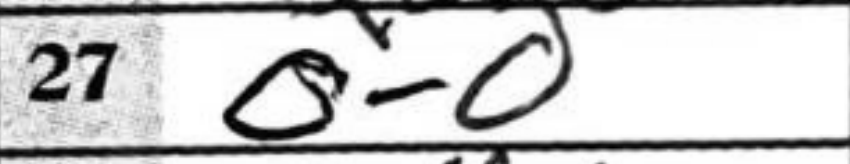
Transcription: O-O